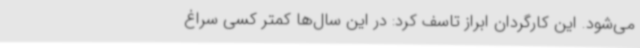
می‌شود. این کارگردان ابراز تاسف کرد: در این سال‌ها کمتر کسی سراغ